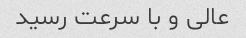
عالی و با سرعت رسید